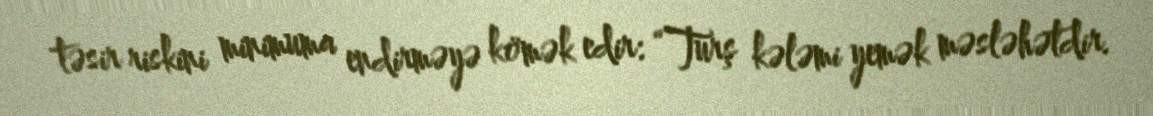
təsir riskini minimuma endirməyə kömək edir: “Turş kələmi yemək məsləhətdir.